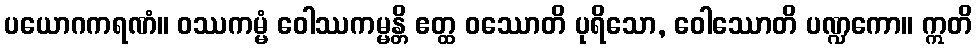
ပယောဂကရဏံ။ ဝဿကမ္မံ ဝေါဿကမ္မန္တိ ဧတ္ထ ဝဿောတိ ပုရိသော, ဝေါဿောတိ ပဏ္ဍကော။ ဣတိ